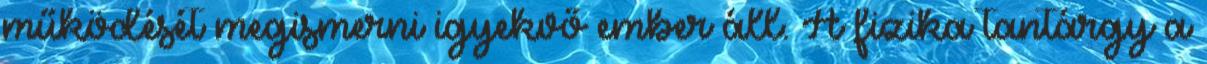
működését megismerni igyekvő ember áll. A fizika tantárgy a